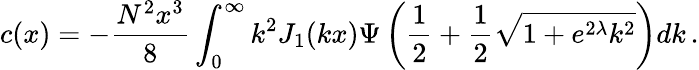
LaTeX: c(x)=-\frac{N^{2}x^{3}}{8}\int_{0}^{\infty}k^{2}J_{1}(kx)\Psi\left(\frac{1}{2}+\frac{1}{2}\sqrt{1+e^{2\lambda}k^{2}}\right)dk\, .